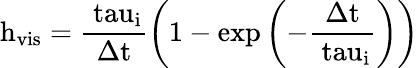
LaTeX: \mathrm{{h_{vis}}=\frac{\ tau_{i}}{\Delta t}\left(1-\mathrm{{exp}\left(-\frac{\Delta t}{\ tau_{i}}\right)}\right)}